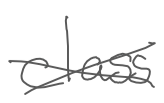
Text: class
Cross-out: cross
Writing tool: digital_gray